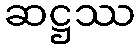
ဆဋ္ဌဿ